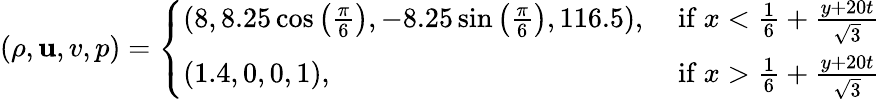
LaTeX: (\rho,\mathbf{u},v,p)=\left\{ \begin{array}{ll}{(8,8.25\cos\left(\frac{\pi}{6}\right),-8.25\sin\left(\frac{\pi}{6}\right),116.5),}&{\mathrm{~if~}x<\frac{1}{6}+\frac{y+20t}{\sqrt{3}}}\\ {(1.4,0,0,1),}&{\mathrm{~if~}x>\frac{1}{6}+\frac{y+20t}{\sqrt{3}}}\end{array}\right.